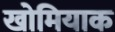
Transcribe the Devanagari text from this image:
खोमियाक